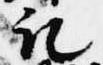
記